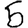
Digit: 5